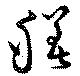
膳